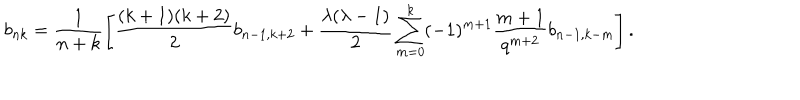
LaTeX: b _ { n k } = \frac { 1 } { n + k } \left[ \frac { ( k + 1 ) ( k + 2 ) } { 2 } b _ { n - 1 , k + 2 } + \frac { \lambda ( \lambda - 1 ) } { 2 } \sum _ { m = 0 } ^ { k } ( - 1 ) ^ { m + 1 } \frac { m + 1 } { q ^ { m + 2 } } b _ { n - 1 , k - m } \right] .